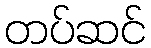
တပ်ဆင်